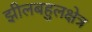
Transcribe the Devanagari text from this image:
झीलबहुलक्षेत्र